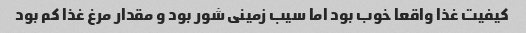
کیفیت غذا واقعا خوب بود اما سیب زمینی شور بود و مقدار مرغ غذا کم بود